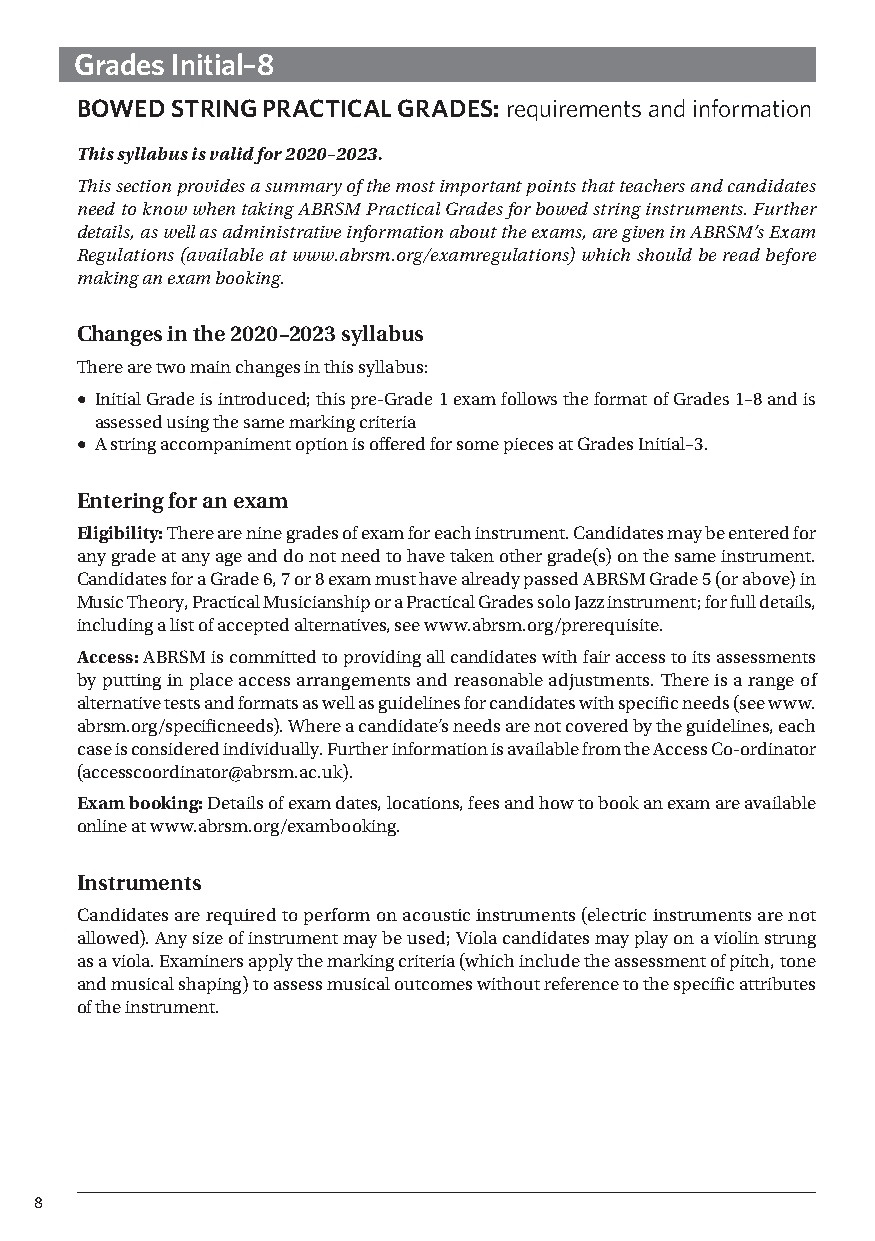
Grades Initial–8
 BOWED STRING PRACTICAL GRADES: requirements and information
 This syllabus is valid for 2020–2023.
 This section provides a summary of the most important points that teachers and candidates
 need to know when taking ABRSM Practical Grades for bowed string instruments. Further
 details, as well as admini strative information about the exams, are given in ABRSM’s Exam
 Regulations (available at www.abrsm.org/examregulations) which should be read before
 making an exam booking.
 Changes in the 2020–2023 syllabus
 There are two main changes in this syllabus:
 • Initial Grade is introduced; this pre-Grade 1 exam follows the format of Grades 1–8 and is
 assessed using the same marking criteria
 • A string accompaniment option is offered for some pieces at Grades Initial–3.
 Entering for an exam
 Eligibility: There are nine grades of exam for each instrument. Candidates may be entered for
 any grade at any age and do not need to have taken other grade(s) on the same instrument.
 Candidates for a Grade 6, 7 or 8 exam must have already passed ABRSM Grade 5 (or above) in
 Music Theory, Practical Musicianship or a Practical Grades solo Jazz instrument; for full details,
 including a list of accepted alternatives, see www.abrsm.org/prerequisite.
 Access: ABRSM is committed to providing all candidates with fair access to its assessments
 by putting in place access arrangements and reasonable adjustments. There is a range of
 alternative tests and formats as well as guidelines for candidates with specific needs (see www.
 abrsm.org/specificneeds). Where a candidate’s needs are not covered by the guidelines, each
 case is considered individually. Further information is available from the Access Co-ordinator
 (accesscoordinator@abrsm.ac.uk).
 Exam booking: Details of exam dates, locations, fees and how to book an exam are available
 online at www.abrsm.org/exambooking.
 Instruments
 Candidates are required to perform on acoustic instruments (electric instruments are not
 allowed). Any size of instrument may be used; Viola candidates may play on a violin strung
 as a viola. Examiners apply the marking criteria (which include the assessment of pitch, tone
 and musical shaping) to assess musical outcomes without reference to the specific attributes
 of the instrument.
 8